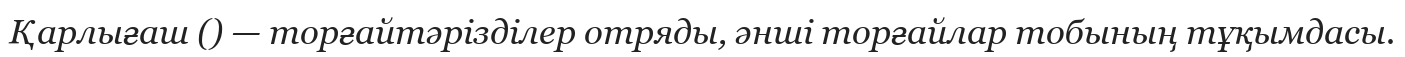
Қарлығаш () — торғайтәрізділер отряды, әнші торғайлар тобының тұқымдасы.